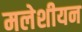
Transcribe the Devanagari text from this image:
मलेशीयन